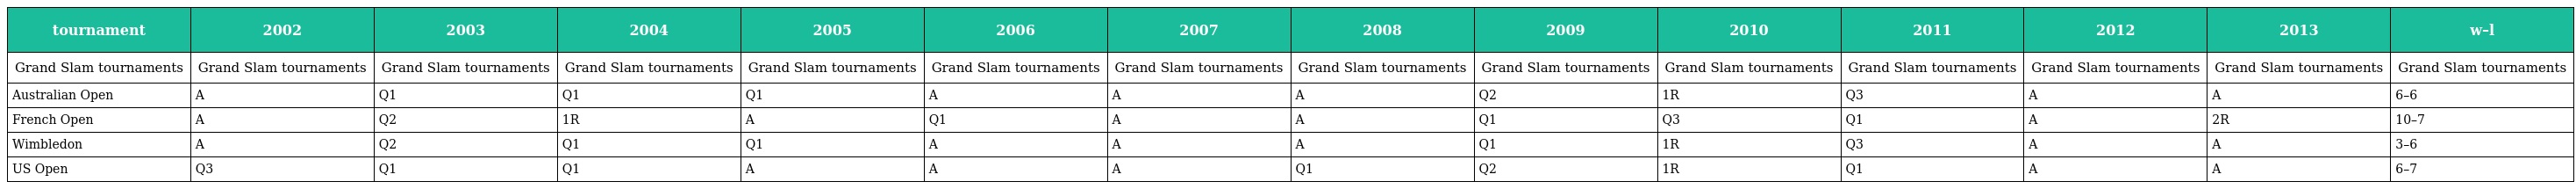
| tournament | 2002 | 2003 | 2004 | 2005 | 2006 | 2007 | 2008 | 2009 | 2010 | 2011 | 2012 | 2013 | w–l |
 | --- | --- | --- | --- | --- | --- | --- | --- | --- | --- | --- | --- | --- | --- |
 | Grand Slam tournaments | Grand Slam tournaments | Grand Slam tournaments | Grand Slam tournaments | Grand Slam tournaments | Grand Slam tournaments | Grand Slam tournaments | Grand Slam tournaments | Grand Slam tournaments | Grand Slam tournaments | Grand Slam tournaments | Grand Slam tournaments | Grand Slam tournaments | Grand Slam tournaments |
 | Australian Open | A | Q1 | Q1 | Q1 | A | A | A | Q2 | 1R | Q3 | A | A | 6–6 |
 | French Open | A | Q2 | 1R | A | Q1 | A | A | Q1 | Q3 | Q1 | A | 2R | 10–7 |
 | Wimbledon | A | Q2 | Q1 | Q1 | A | A | A | Q1 | 1R | Q3 | A | A | 3–6 |
 | US Open | Q3 | Q1 | Q1 | A | A | A | Q1 | Q2 | 1R | Q1 | A | A | 6–7 |